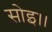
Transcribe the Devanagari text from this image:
सोइ।।